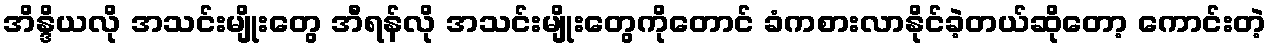
အိန္ဒိယလို အသင်းမျိုးတွေ အီရန်လို အသင်းမျိုးတွေကိုတောင် ခံကစားလာနိုင်ခဲ့တယ်ဆိုတော့ ကောင်းတဲ့